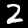
Digit: 2